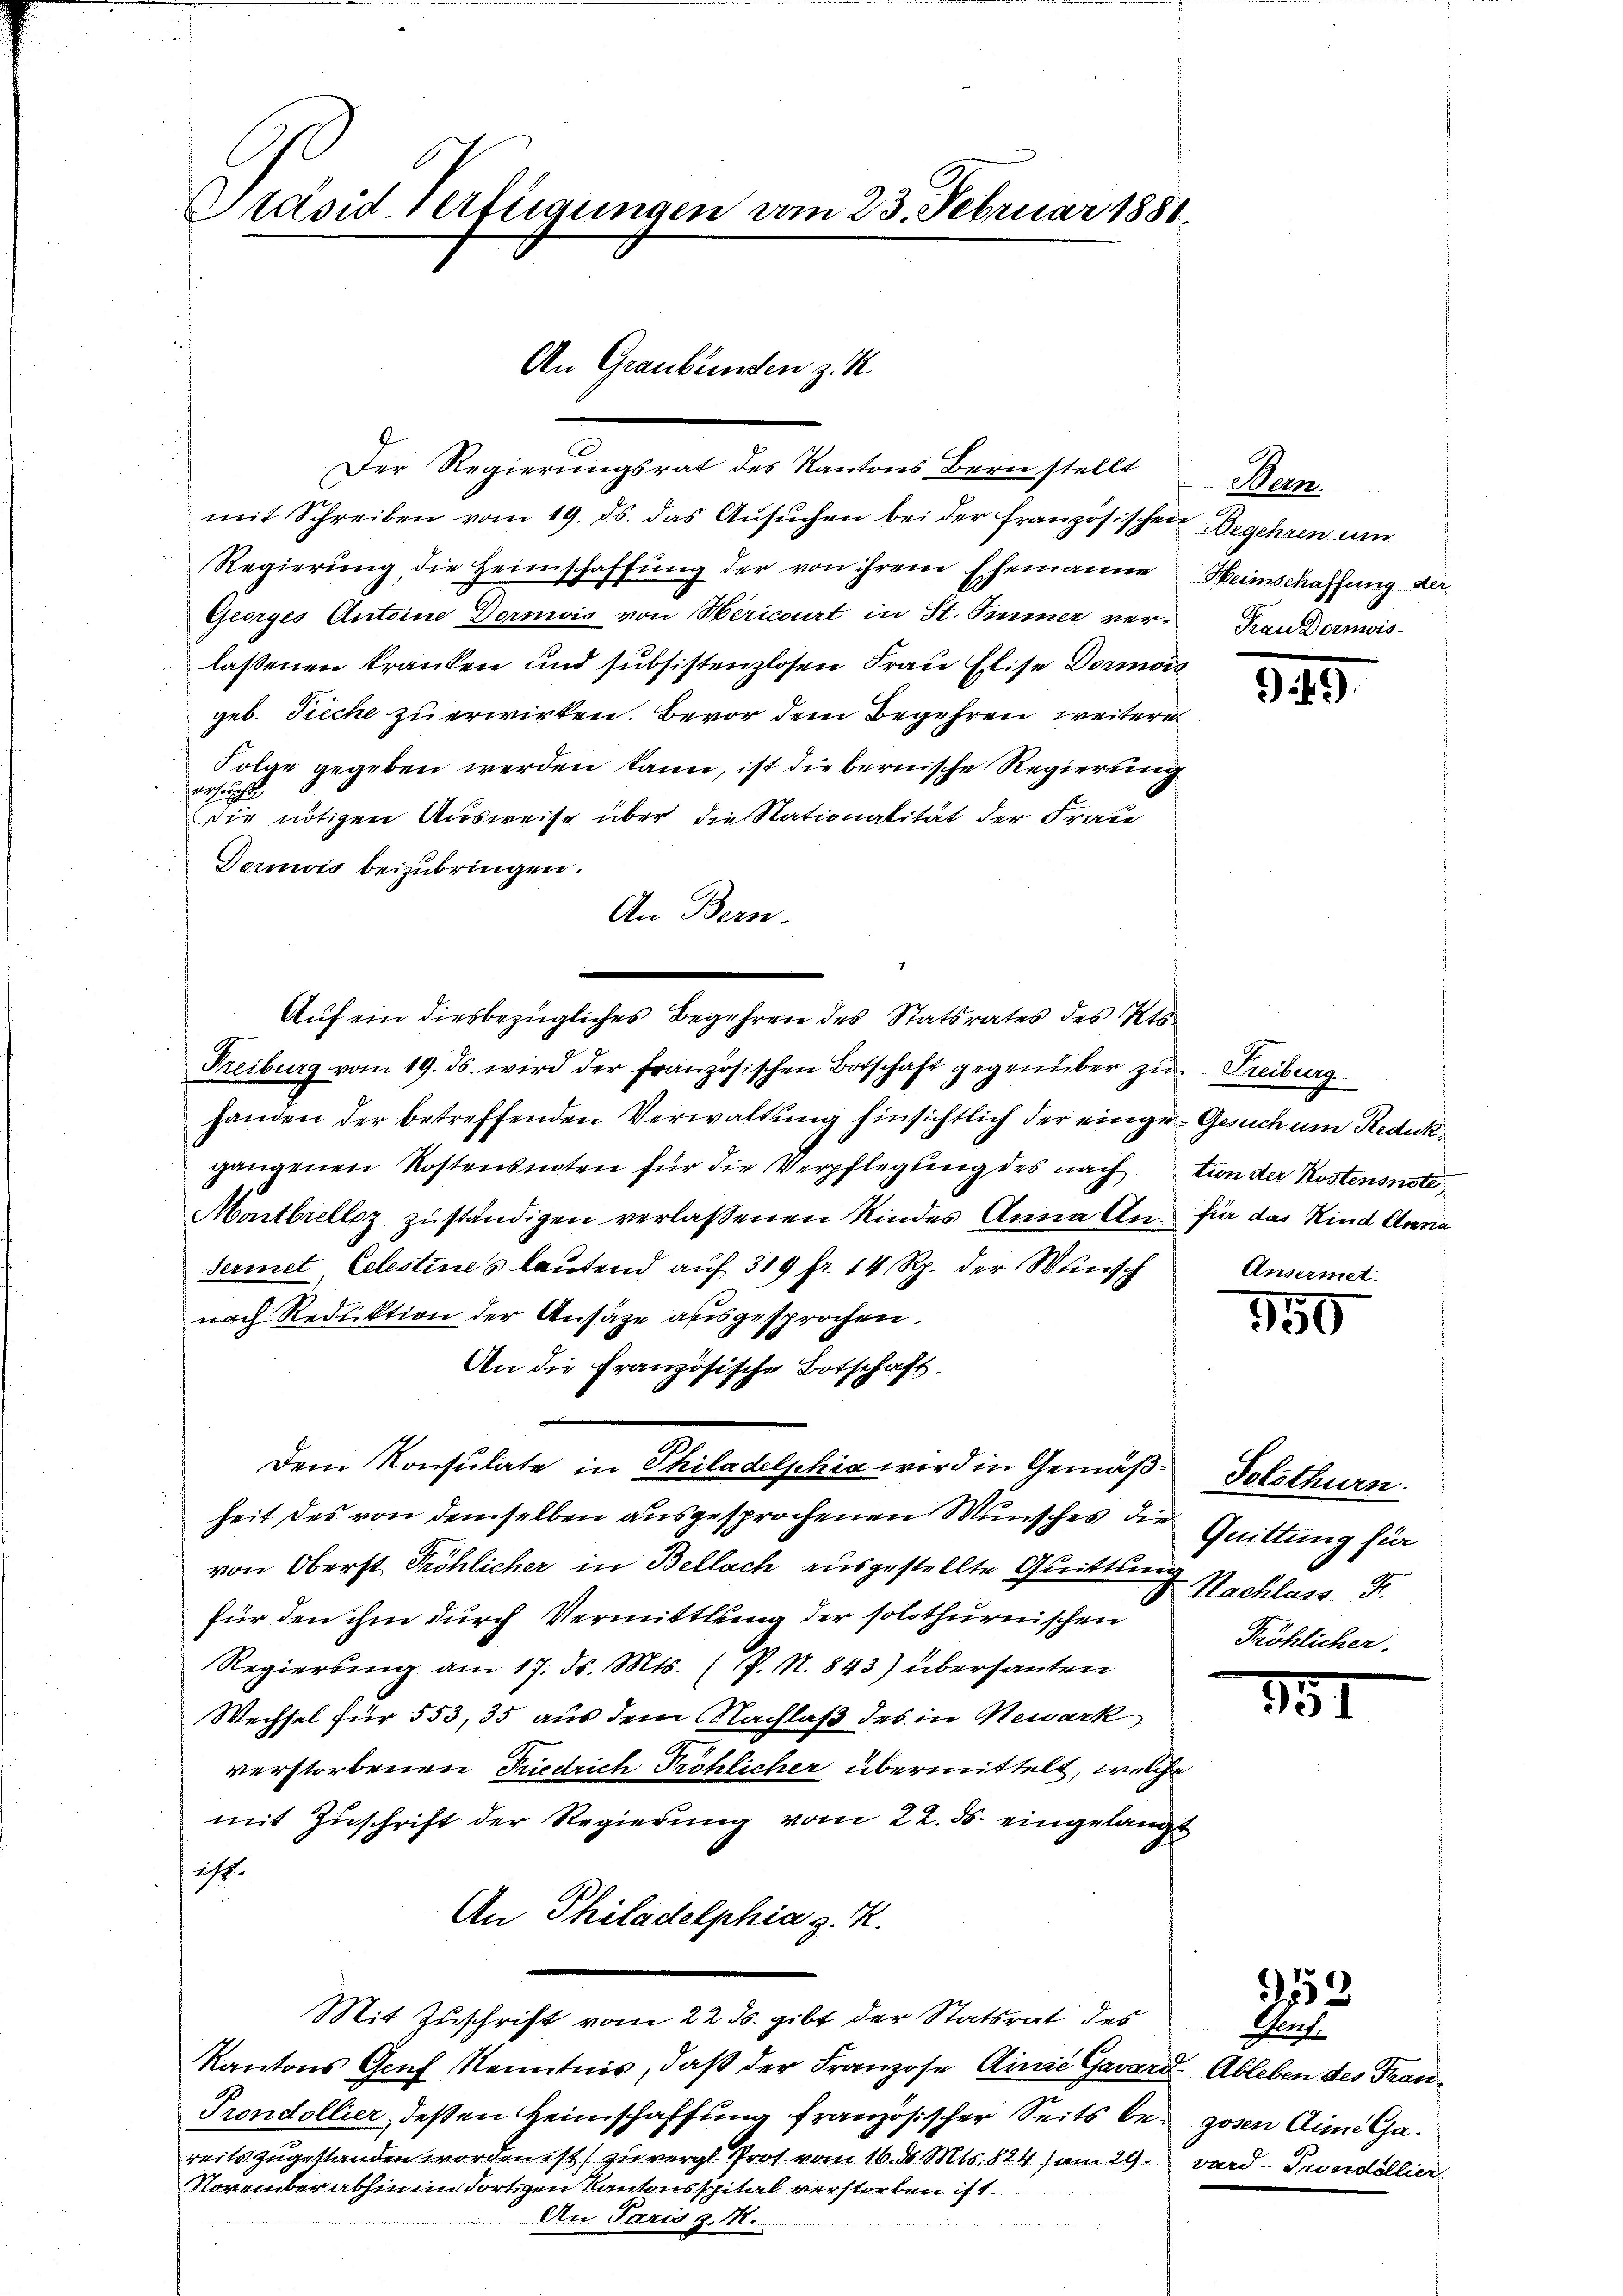
Präsiderfügungen vom 23. Februar 1881.

An Graubünden z. K.

Der Regierungsrat des Kantons Bern stellt
mit Schreiben vom 19. ds. das Ansŭchen bei der Französischen Begehren um
Regierung, die Heimschaffung der von ihrem Ehemanne
Georges Antoine Dornis von Mericirt in St. Immer verlassenen kranken und subsistenzlosen Frau Elise Dormoc
geb. Tieche zu erwirken. Bevor dem Begehren weitere
Folge gegeben werden kann, ist die bernische Regierung
verheit
die nötigen Ausweise über die Nationalität der Fraue
Dernis beizubringen.
An Bern.
Auf ein diesbezügliches Begehren des Statsrates des Sta¬
Freiburg vom 19. ds. wird der französischen Botschaft gegenüber zu Freiburg
handen der betreffenden Verwaltŭng hinsichtlich der eingegangenen Kostensnoten für die Verpflegung des nach tion der Kostensnote
Montbrellsz zuständigen verlassenen Kindes Anna An- für das Kind Anna
Feriet, Celestines lautend auf 319 fr. 14 Rp. der Wunsch
nach Reduktion der Ansätze ausgesprochen.
An die Französische Botschaft.
Dem Konsulate in Philadelphia wird in Gemäß Solothurn.
heit des von demselben ausgesprochenen Wunsches der Quittung für
von Oberst Fröhlicher in Bellach ausgestellte Quittung. Nachlass Fr.
für den ihm durch Vermittlung der solothurnischen
Regierung am 17. d. Mts. (P. N. 843) übersanten
Wechsel für 553, 35 aus dem Nachlaß des in Newark
verstorbenen Friedrich Tröhlicher übermittelt, welche
mit Zuschrift der Regierung vom 22. ds. eingelangt
ist.
An Philadelphia g. R.
Mit Zuschrift vom 22. ds. gibt der Statsrat des
Kantons Genf Kenntnis, daß der Franzose Linie Gavard Ableben des Fran¬
Prondollier, deßen Heimschaffung französischer Seits bereits zugestanden worden ist) zu vergl. Prot vom 16. d. Mts. 824) am 29.
November abhin in dortigen Kantonsspital verstorben ist.
An Paris z. 11.

Merz
Heimschaffung der
Frau Dornwis-

349.

Gesuch um Reduk
Ansermet.

750

71

53

Genf,
gosen die Ga
vard-Prondollier